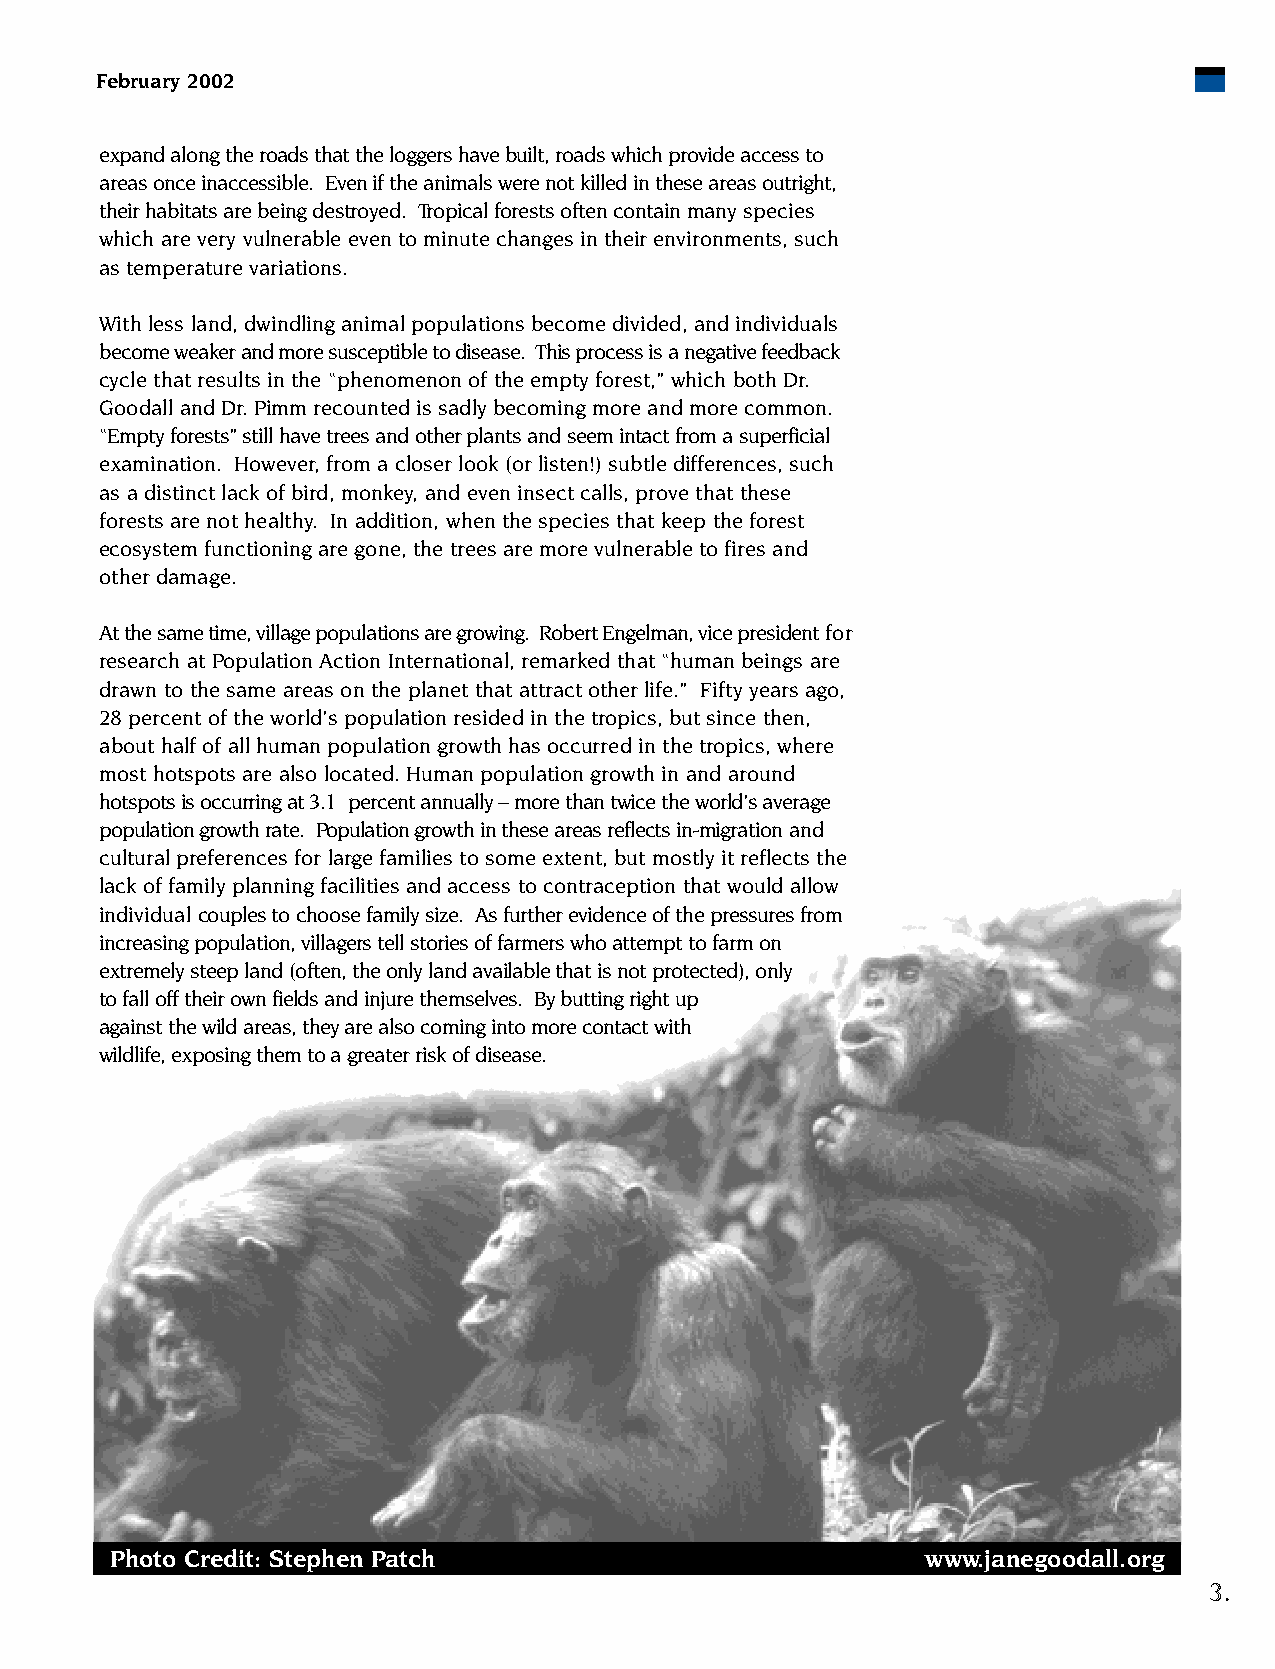
February 2002
 expand along the roads that the loggers have built, roads which provide access to
 areas once inaccessible. Even if the animals were not killed in these areas outright,
 their habitats are being destroyed. Tropical forests often containmany species
 which are very vulnerable even to minute changes in their environments, such
 as temperature variations.
 With less land, dwindling animal populations become divided, and individuals
 become weaker and more susceptible to disease. This process is a negative feedback
 cycle that results in the “phenomenon of the empty forest,” which both Dr.
 Goodall and Dr. Pimm recounted is sadly becoming more and more common.
 “Empty forests” still have trees and other plants and seem intact from a superficial
 examination. However, from a closer look (or listen!) subtle differences, such
 as a distinct lack of bird, monkey, and even insect calls, prove that these
 forests are not healthy. In addition, when the species that keep the forest
 ecosystem functioning are gone, the trees are more vulnerable to fires and
 other damage.
 At the same time, village populations are growing. Robert Engelman, vice presidentfor
 research at Population Action International, remarked that “human beings are
 drawn to the same areas on the planet that attract other life.” Fifty years ago,
 28 percent of the world’s population resided in the tropics, but since then,
 about half of all human population growth has occurred in the tropics, where
 most hotspots are also located. Human population growth in and around
 hotspots is occurring at 3.1 percent annually – more than twice the world’s average
 population growth rate. Population growth in these areas reflects in-migrationand
 cultural preferences for large families to some extent, but mostly it reflects the
 lack of family planning facilities and access to contraception that would allow
 individual couples to choose family size. As further evidence of the pressures from
 increasing population, villagers tell stories of farmers who attempt to farm on
 extremely steep land (often, the only land available that is not protected), only
 to fall off their own fields and injure themselves. By butting right up
 against the wild areas, they are also coming into more contact with
 wildlife, exposing them to a greater risk of disease.
 Photo Credit: Stephen Patch                           www.janegoodall.org
 3.